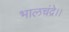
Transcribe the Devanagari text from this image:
भालचंद्रे।।